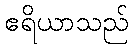
ဧရိယာသည်